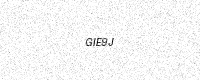
Text: GIE9J